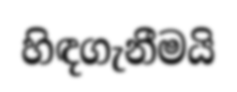
හිඳගැනීමයි